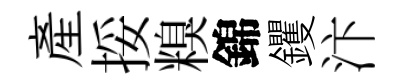
産挼糗錦钁汴